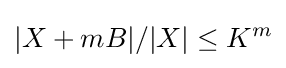
|X+mB|/|X|\leq K^{m}